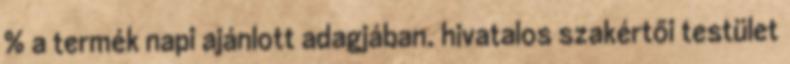
% a termék napi ajánlott adagjában. hivatalos szakértői testület